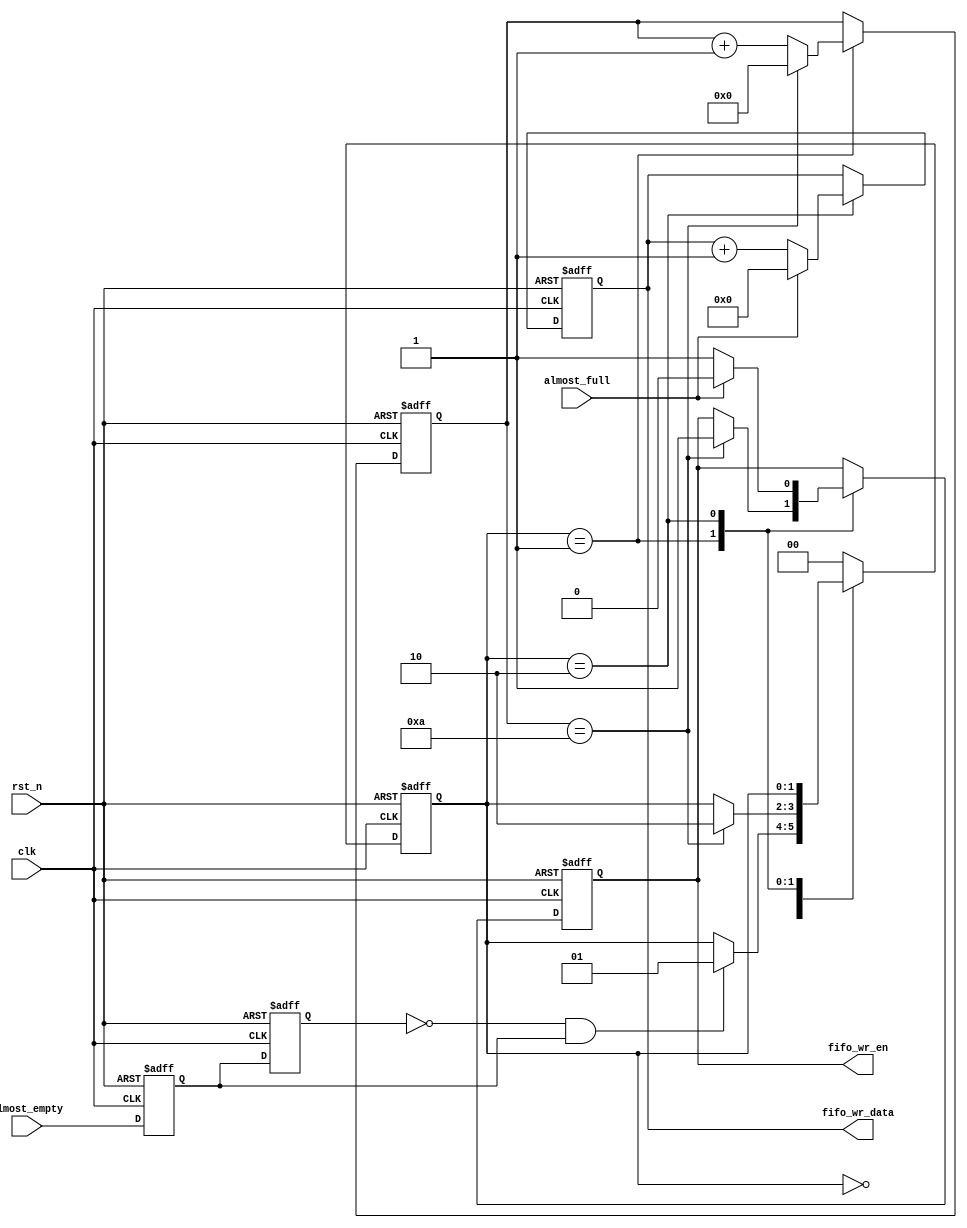
`timescale 1ns / 1ps
//////////////////////////////////////////////////////////////////////////////////
// Company: 
// Engineer: 
// 
// Design Name: 
// Module Name: fifo_wr
// Project Name: 
// Target Devices: 
// Tool Versions: 
// Description: 
// 
// Dependencies: 
// 
// Revision:
// Revision 0.01 - File Created
// Additional Comments:
// 
//////////////////////////////////////////////////////////////////////////////////


module fifo_wr(
    input               clk         ,
    input               rst_n       ,
    
    input               almost_empty,
    input               almost_full ,

    output reg          fifo_wr_en  ,
    output reg  [7:0]   fifo_wr_data
    
    );
    
reg          almost_empty_d0;
reg          almost_empty_syn;//syn
reg   [1:0]  state;    //
reg   [3:0]  dly_cnt;
wire         syn;

//
assign  syn=~almost_empty_syn&almost_empty_d0;



always @(posedge clk or negedge rst_n) begin
//1.almost_empty
    if(!rst_n)begin
        almost_empty_d0 <= 1'b0;
        almost_empty_syn <= 1'b0;
        
    end
    else begin
        almost_empty_d0 <= almost_empty;
        almost_empty_syn <= almost_empty_d0;
    end
end

always @(posedge clk or negedge rst_n) begin
    if(!rst_n)begin
        fifo_wr_en <= 1'b0;
        fifo_wr_data <= 8'd0;
        state <= 2'b0;
        dly_cnt<=4'b0;  //
    end
    else begin
        case (state)
            2'd0:begin //1syn
                if(syn) begin
                    state <=2'b1; 
                end
                else
                    state <= state; end
            2'd1:begin //24
                if(dly_cnt == 4'd10) begin
                    dly_cnt <= 4'b0;
                    state <= 2'd2;
                    fifo_wr_en <= 1'b1;
                end
                else
                    dly_cnt <= dly_cnt + 1'b1;
                end
            2'd2:begin
                if (almost_full) begin //
                    fifo_wr_en <= 1'd0;
                    fifo_wr_data <= 8'd0;
                end
                else begin
                    fifo_wr_en <= 1'd1; //
                    fifo_wr_data <= fifo_wr_data + 1'd1;
                end    
                end
                default: 
                    state <= 2'd0;
        endcase
    end
end



    
    
endmodule